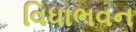
વિધાભવન